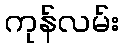
ကုန်လမ်း